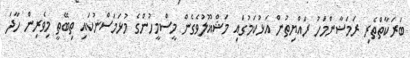
ބަރަކާތްތެރި ރަމަޟާންމަހު ރައްޔިތުން އަޅުކަމުގައި މަޝްޣޫލުވެގެން މީސްމީހުންގެ މުޅަމަސްނުކައި ތިބޭތީ މިވެރިން ހާދަ